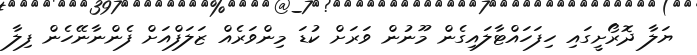
ޔަލާ ދޮރޯށީގައި ހިފަހައްޓާލައިގެން މޫނުން ވަރަށް ކުޑަ މިންވަރެއް ޒަލަފްއަށް ފެންނާނޭހެން ފިލާ